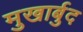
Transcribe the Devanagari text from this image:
मुखार्बुद